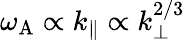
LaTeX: \omega_{\mathrm{A}}\propto k_{\| }\propto k_{\perp}^{2/3}